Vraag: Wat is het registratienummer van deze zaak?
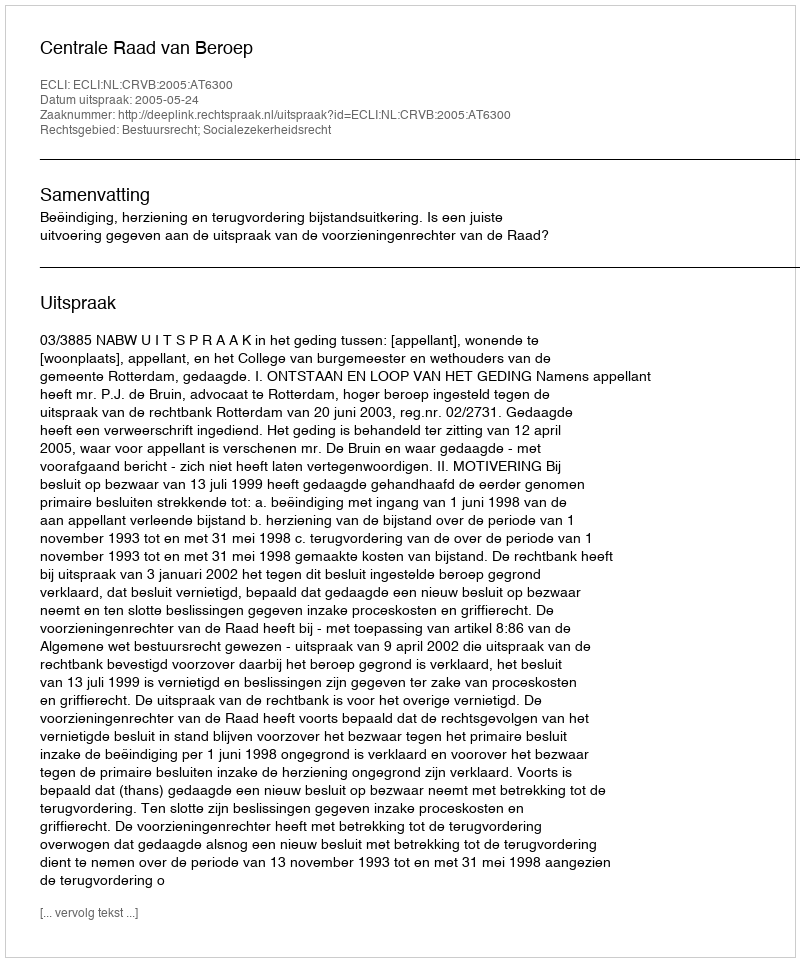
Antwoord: http://deeplink.rechtspraak.nl/uitspraak?id=ECLI:NL:CRVB:2005:AT6300